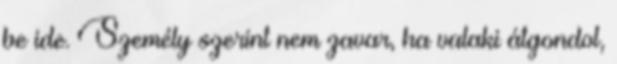
be ide. Személy szerint nem zavar, ha valaki átgondol,